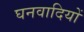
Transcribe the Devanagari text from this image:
घनवादियों